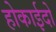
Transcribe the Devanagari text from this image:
होकाईदो